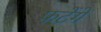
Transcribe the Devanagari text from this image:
फटेंगे